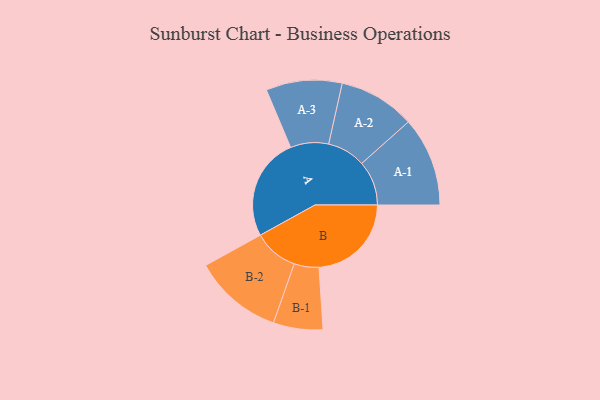
{"axis": {"x": "Segment", "y": "Value"}, "legend": ["", "A", "B"], "data": [{"x": "A", "y": 465, "type": ""}, {"x": "B", "y": 418, "type": ""}, {"x": "A-1", "y": 202, "type": "A"}, {"x": "A-2", "y": 173, "type": "A"}, {"x": "A-3", "y": 172, "type": "A"}, {"x": "B-1", "y": 112, "type": "B"}, {"x": "B-2", "y": 202, "type": "B"}]}